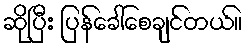
ဆိုပြီး ပြန်ခေါ်စေချင်တယ်။